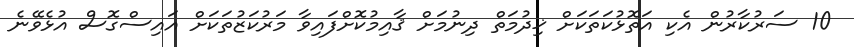
10 ސަރުކާރުން އެކި އަތޮޅުކަތަކަށް ޚިދުމަތް ދިނުމަށް ޤާއިމުކޮށްފައިވާ މަރުކަޒުތަކަށް އައިސްގޮސް އުޅެވޭނެ